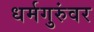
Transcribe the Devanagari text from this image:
धर्मगुरुंवर